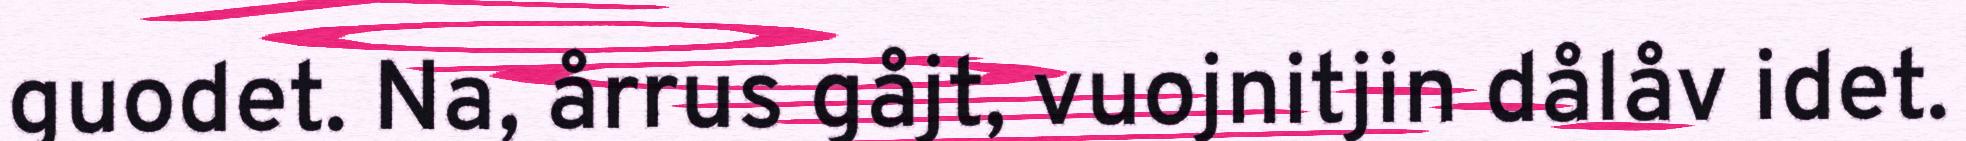
guodet. Na, årrus gåjt, vuojnitjin dålåv idet.